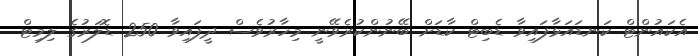
އެކައުންޓް ކަނޑައަޅާފައިވާ ޑެބިޓް ކާޑަށް ބޭނުންކުރެވޭނީ މިހާރުވެސް ދީފައިވާ 250 ޑޮލަރުގެ ލިމިޓް